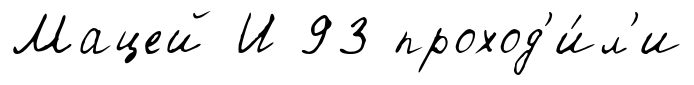
Мацей И 93 проход'и́л'и